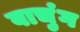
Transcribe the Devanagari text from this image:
वाचुंग